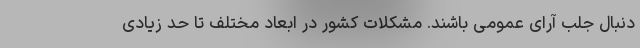
دنبال جلب آرای عمومی باشند. مشکلات کشور در ابعاد مختلف تا حد زیادی